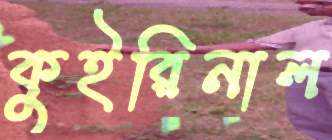
কুইরিনাল